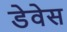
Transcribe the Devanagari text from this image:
डेवेस